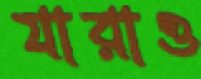
যারাও